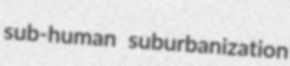
sub-human suburbanization